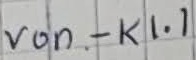
Text: von - K1.1